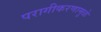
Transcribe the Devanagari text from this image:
परागीकरणामुळे